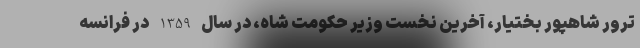
ترور شاهپور بختیار، آخرین نخست وزیر حکومت شاه، در سال 1359 در فرانسه